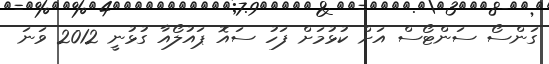
ގަންސޯ ސަންޓޯސް އަށް ކުޅުމަށް ފަހު ސައޮ ޕައުލޯއާ ގުޅުނީ 2012 ވަނަ